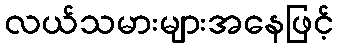
လယ်သမားများအနေဖြင့်